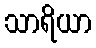
သာရိယာ